Annual statistical returns and brief notes on vaccination in Bengal - 1896-1909
Year: 1896
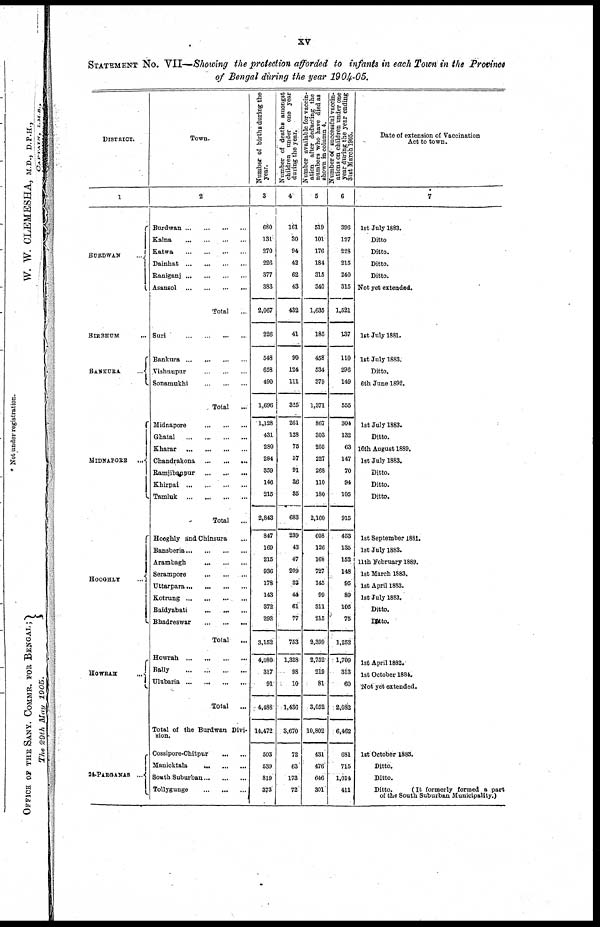
xv
STATEMENT No. VII—Showing the protection afforded to infants in each Town in the Province
of Bengal during the year 1904-05.
DISTRICT.
1
BURDWAN
...
BIRBHUM ...
BANKURA
...
MIDNAPORE ...
HOOGHLY
...
HOWRAH
...
24-PARGANAS ...
Town.
2
Burdwan ... ... ... ...
Kalna
...
...
...
...
Eatwa
...
...
...
...
Dainhat
...
...
...
...
Raniganj
...
...
...
...
Asansol
...
...
...
...
Total
...
Suri
...
...
...
...
Bankura
...
...
...
...
Vishnupur
...
...
...
Sonamukhi
...
...
...
Total ...
Midnapore
...
...
...
Ghatal
...
... ... ...
Kharar
...
...
...
...
Chandrakona
...
...
...
Ramjibanpur
...
...
...
Khirpai
...
...
...
...
Tamiuk
...
...
...
...
Total ...
Hooghly and Chinsura ...
Bansberia ... ... ... ...
Arambagh
...
...
...
Serampore
...
...
...
Uttarpara ...
...
...
...
Kotrung
...
...
...
...
Baidyabati
...
...
...
Bhadreswar
...
...
...
Total
...
Howrah
...
...
...
...
Bally
...
...
...
...
Ulubaria
...
...
...
...
Total
...
Total of the Burdwan Divi-
sion.
Cossipore-Chitpur
...
...
Manicktala
...
...
...
South Suburban ... ... ...
Tollygunge
...
...
...
Number of births during the
year.
3
680
131
270
226
377
383
2,067
226
548
658
490
1,696
1,128
431
280
284
359
146
215
2,843
847
169
215
936
178
143
372
292
3,152
4,080
317
91
4,488
14,472
503
539
819
373
Number of deaths amongst
children under one year
during the year.
4
161
30
94
42
62
43
432
41
90
124
111
325
261
128
75
57
9i
36
35
683
239
43
47
209
33
44
61
77
753
1,328
98
10
1,436
3,670
72
63
173
72
Number available for vaccin-
ation after deducting the
numbers who have died as
shown in column 4.
5
519
101
176
184
315
340
1,635
185
458
534
379
1,371
867
303
205
227
268
110
180
2,160
608
126
168
727
145
99
311
215
2,399
2,752
219
81
3,052
10,802
431
476
646
301
Number of successful vaccin-
ations on children under one
year during the year ending
31st March 1905.
6
396
127
228
215
240
315
1,521
137
110
296
149
555
304
132
63
147
70
94
105
915
453
135
152
148
95
89
105
75
1,252
1,709
313
60
2,082
6,462
681
715
1,014
411
Date of extension of Vaccination
Act to town.
7
1st July 1883.
Ditto
Ditto.
Ditto.
Ditto.
Not yet extended.
1st July 1881.
1st July 1883.
Ditto.
6th June 1892.
1st July 1883.
Ditto.
16th August 1889.
1st July 1883.
Ditto.
Ditto.
Ditto.
1st September 1881.
1st July 1883.
11th February 1889.
1st March 1883.
1st April 1883.
1st July 1883.
Ditto.
Ditto.
1st April 1882.
1st October 1884.
Not yet extended.
1st October 1883.
Ditto.
Ditto.
Ditto.
(It formerly formed a part
of the South Suburban Municipality.)